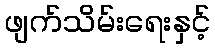
ဖျက်သိမ်းရေးနှင့်